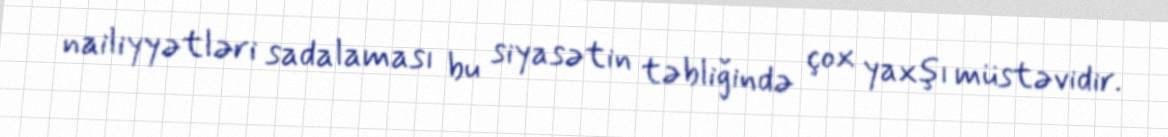
nailiyyətləri sadalaması bu siyasətin təbliğində çox yaxşı müstəvidir.